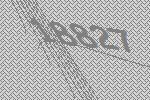
18827